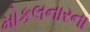
મોકલનારના